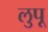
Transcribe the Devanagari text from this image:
लुपू